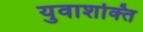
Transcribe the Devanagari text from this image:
युवाशक्‍ित